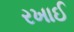
રખાઈ